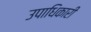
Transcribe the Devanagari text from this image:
उपाधिकारी